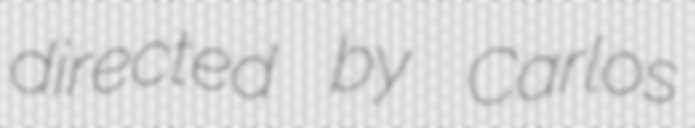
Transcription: directed by Carlos